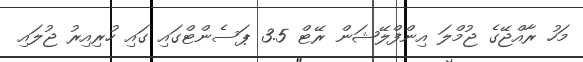
މަހު ރާއްޖޭގެ ޖުމްލަ އިންފްލޭޝަން ރޭޓް 3.5 ޕަސެންޓްގައި ގައި ހުރިއިރު ޖުލައި